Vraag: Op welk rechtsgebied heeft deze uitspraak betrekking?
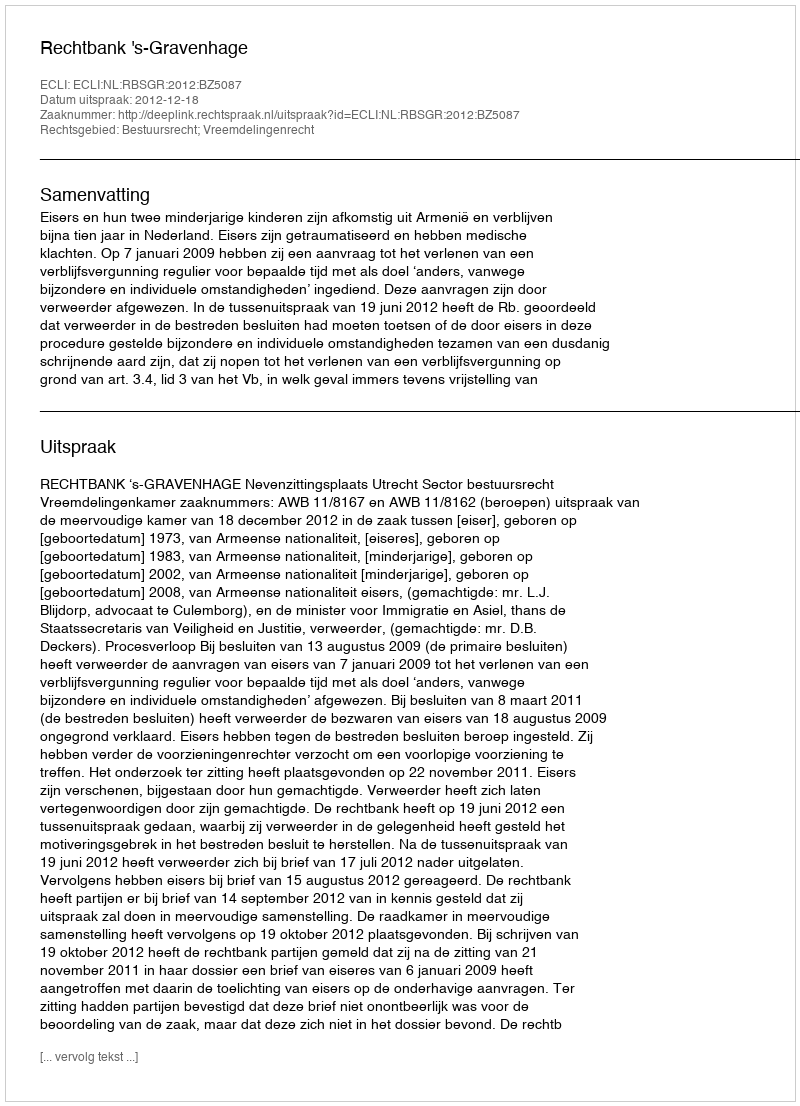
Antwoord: Bestuursrecht; Vreemdelingenrecht